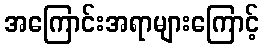
အကြောင်းအရာများကြောင့်